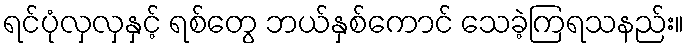
ရင်ပုံလှလှနှင့် ရစ်တွေ ဘယ်နှစ်ကောင် သေခဲ့ကြရသနည်း။